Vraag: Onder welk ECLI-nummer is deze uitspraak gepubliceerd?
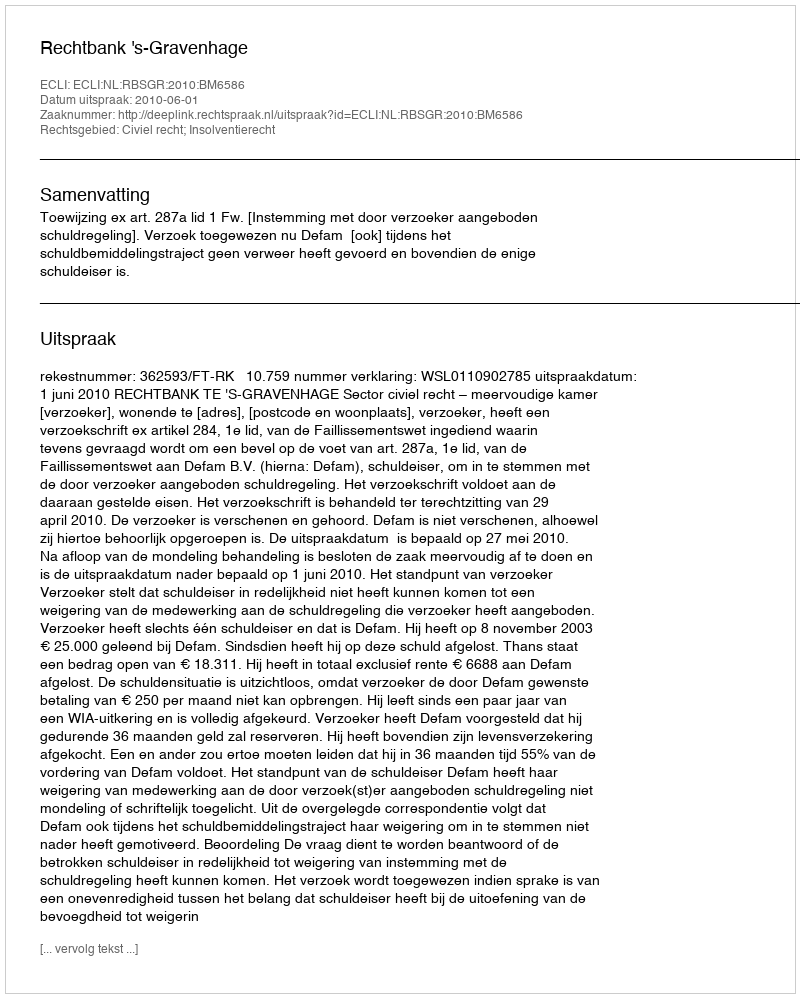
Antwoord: ECLI:NL:RBSGR:2010:BM6586